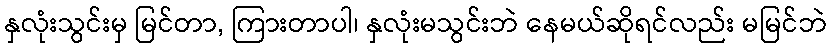
နှလုံးသွင်းမှ မြင်တာ, ကြားတာပါ၊ နှလုံးမသွင်းဘဲ နေမယ်ဆိုရင်လည်း မမြင်ဘဲ